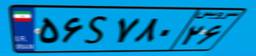
۵۶S۷۸۰۲۶